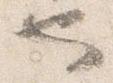
也